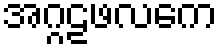
အဂ္ဂဠဖလကေ